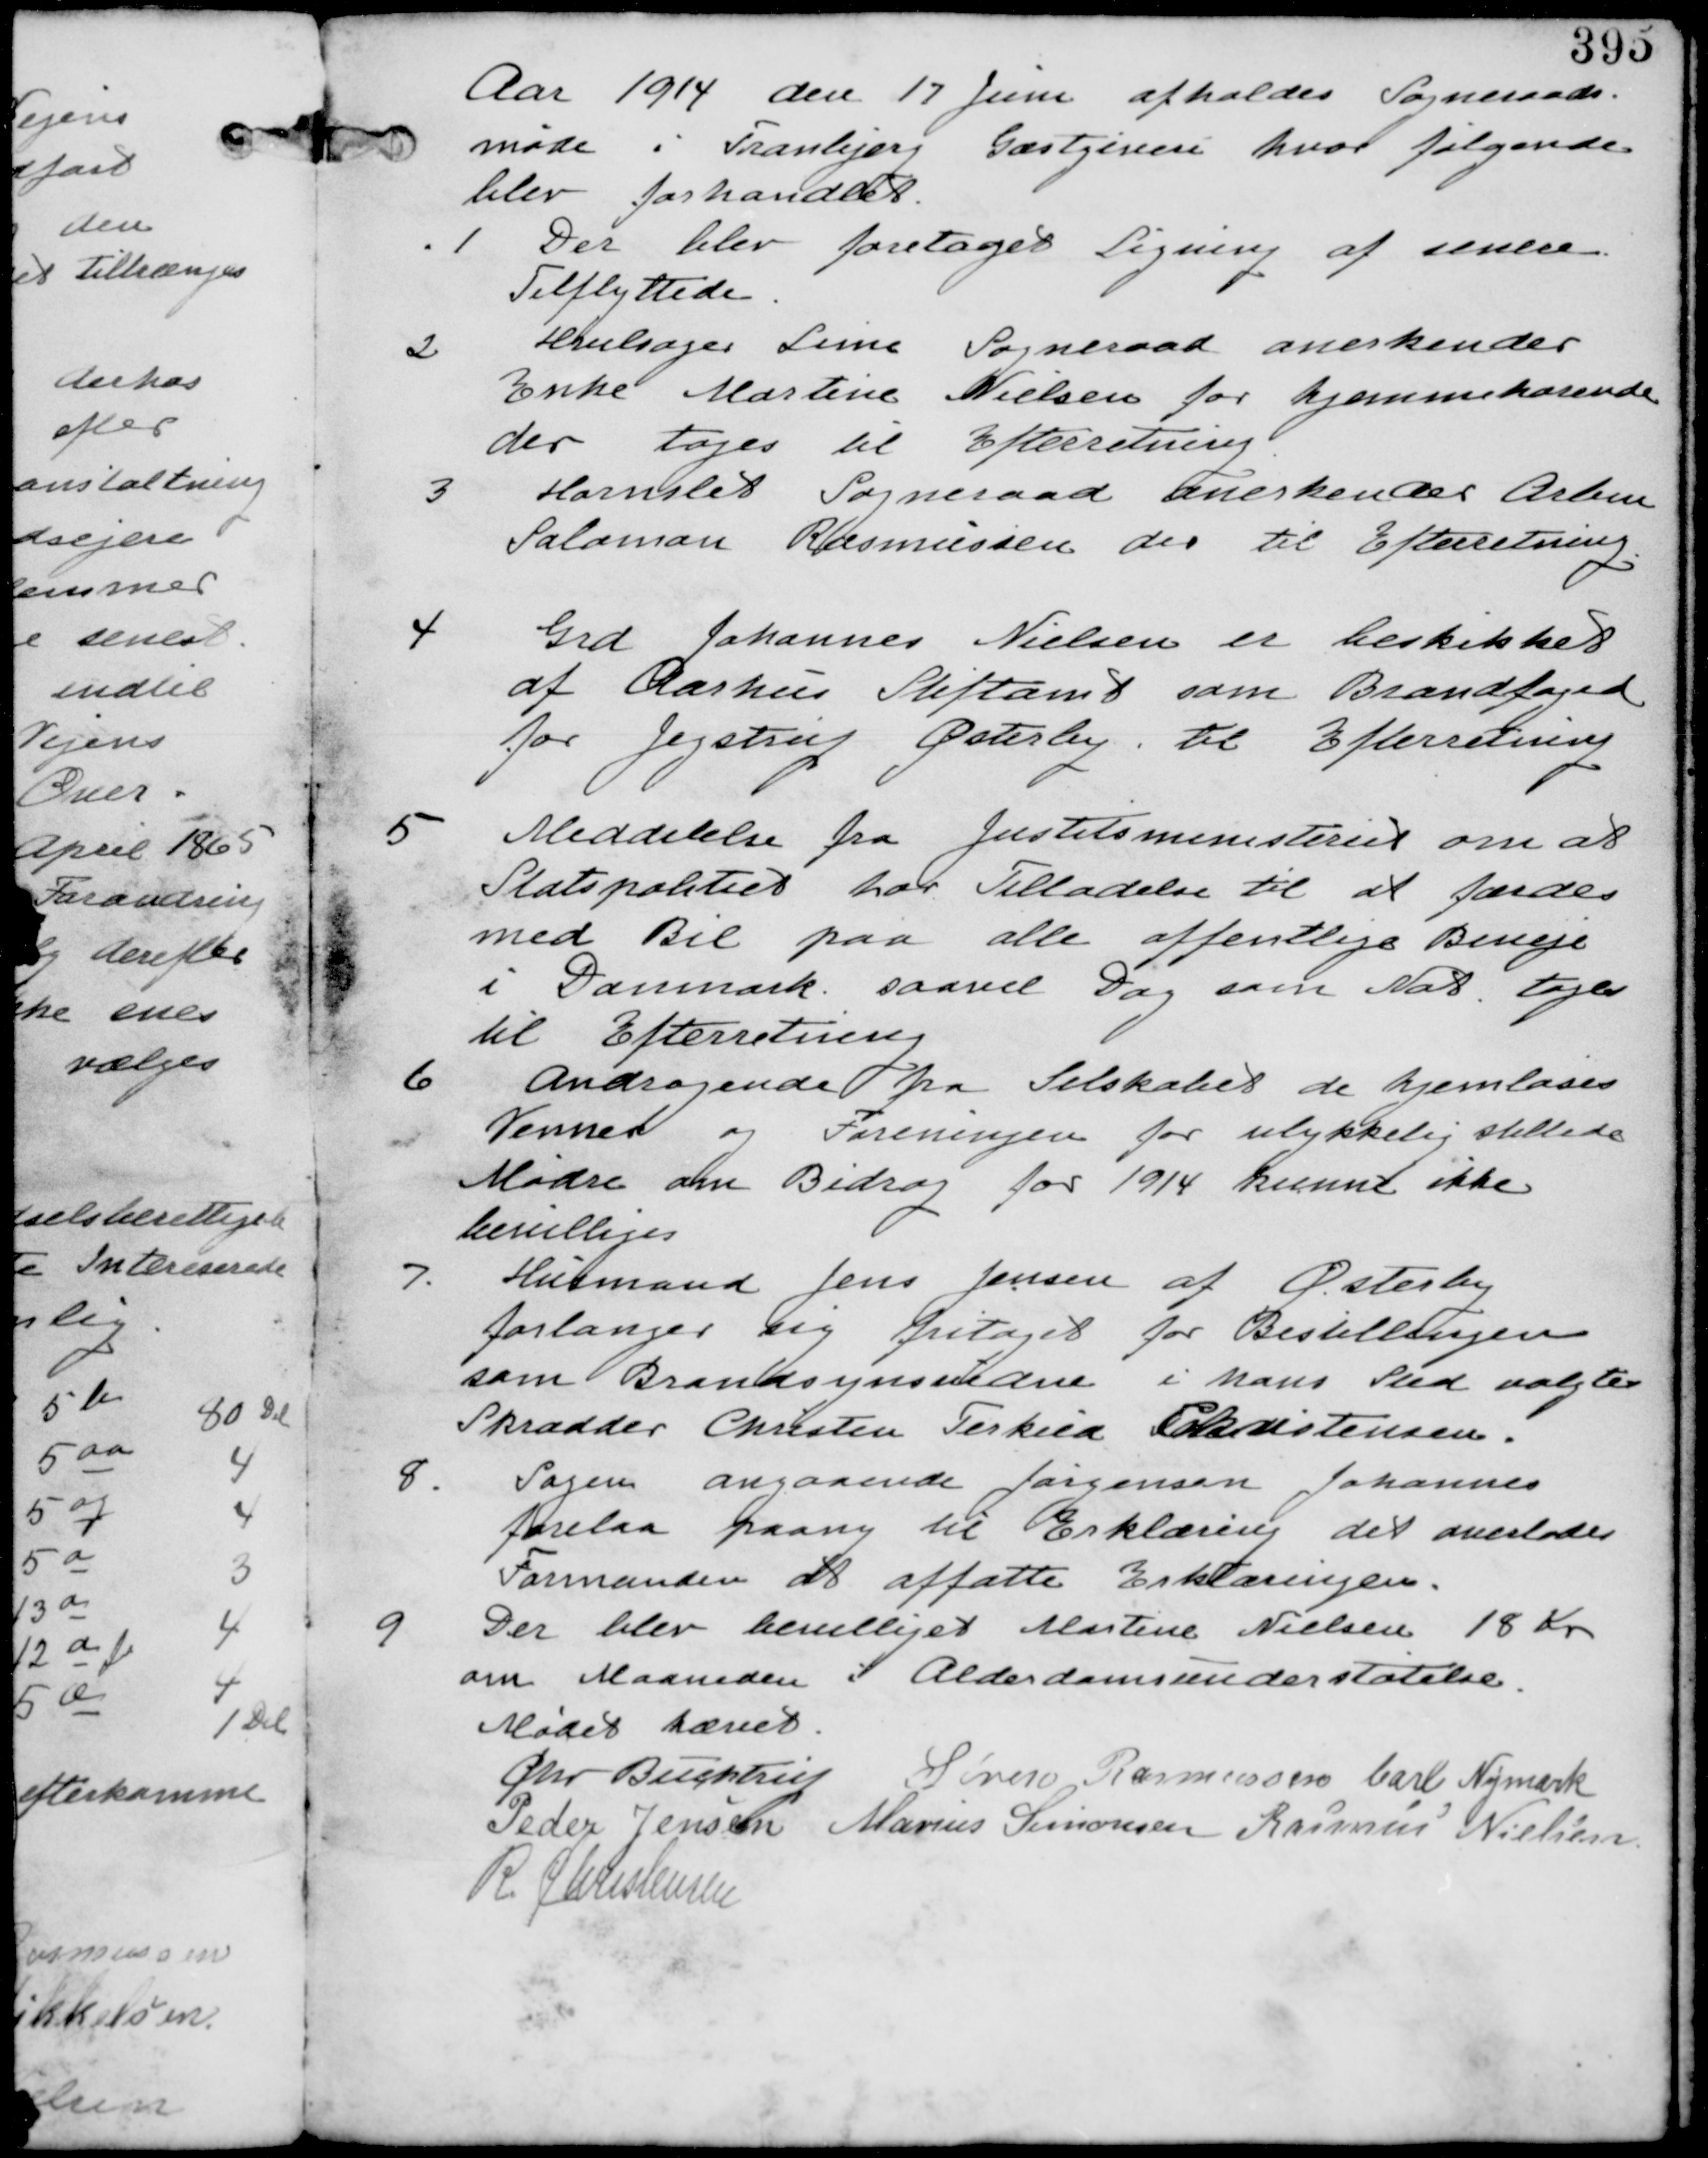
Transskription:
Aar 1914 den 17 Juni afholdes Sogneraads-
møde i Tranbjerg Gæstgiveri hvor følgende
blev forhandlet

1
Der blev foretaget Ligning af senere
Tilflyttere

2
Hvilsager Lime Sogneraad anerkender
Enke Martine Nielsen for hjemmehørende
der tages til Efterretning

3
Hornslet Sogneraad anerkender Arben
Salomon Rasmussen der tages til Efterretning

4
Grd Johannes Nielsen er beskikket
af Aarhus Stiftamt som Brandfoged
for Jegstrup Østerby. til Efterretning

5
Meddelelser fra Justitsministeriet om at
Statspolitiet har Tilladelse til at færdes
med Bil paa alle offentlige Biveje
i Danmark saavel Dag som Nat. tages
til Efterretning

6
Andragende fra Selskabet de hjemløses
Venner og Foreningen ulykkelig stillede
Mødre om Bidrag for 1914 kunne ikke
bevilliges

7. Huusmand Jens Jensen af Østerby
forlanger sig fritaget for Bestillingen
som Brandsynsmand i hans Sted valgtes
Skrædder Christen Terkild Christensen.

8.
Sagen angaaende Jørgensen Johannes
forelaa paany til Erklæring det overlades
Formanden at affatte Erklæringen

9
Der blev Bevilliget Martine Nielsen 18 Kr
om Maaneden i Alderdomsunderstøttelse

Mødet hævet
Chr Buchtrup Søren Rasmussen Carl Nymark
Peder Jensen Marius Sørensen Rasmus Nielsen
R Christensen